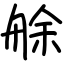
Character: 艅